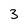
Character: 3